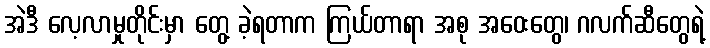
အဲဒီ လေ့လာမှုတိုင်းမှာ တွေ့ ခဲ့ရတာက ကြယ်တာရာ အစု အဝေးတွေ၊ ဂလက်ဆီတွေရဲ့